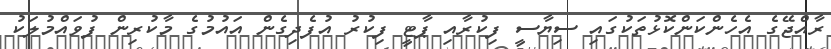
ރާއްޖޭގެ އެހެންކަންކޮޅުތަކުގައި ސިޔާސީ ފިކުރާއި ޕާޓީ ފިކުރު އުފެދިގެން އައުމުގެ މާކުރިން ފުވައްމުލަކު